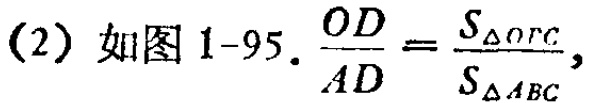
(2) 如图1-95. $\frac{OD}{AD}=\frac{S_{\triangle OBC}}{S_{\triangle ABC}}$,